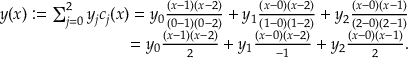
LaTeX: \begin{array} { r } { y ( x ) : = \sum _ { j = 0 } ^ { 2 } y _ { j } c _ { j } ( x ) = y _ { 0 } { \frac { ( x - 1 ) ( x - 2 ) } { ( 0 - 1 ) ( 0 - 2 ) } } + y _ { 1 } { \frac { ( x - 0 ) ( x - 2 ) } { ( 1 - 0 ) ( 1 - 2 ) } } + y _ { 2 } { \frac { ( x - 0 ) ( x - 1 ) } { ( 2 - 0 ) ( 2 - 1 ) } } } \\ { = y _ { 0 } { \frac { ( x - 1 ) ( x - 2 ) } { 2 } } + y _ { 1 } { \frac { ( x - 0 ) ( x - 2 ) } { - 1 } } + y _ { 2 } { \frac { ( x - 0 ) ( x - 1 ) } { 2 } } . } \end{array}